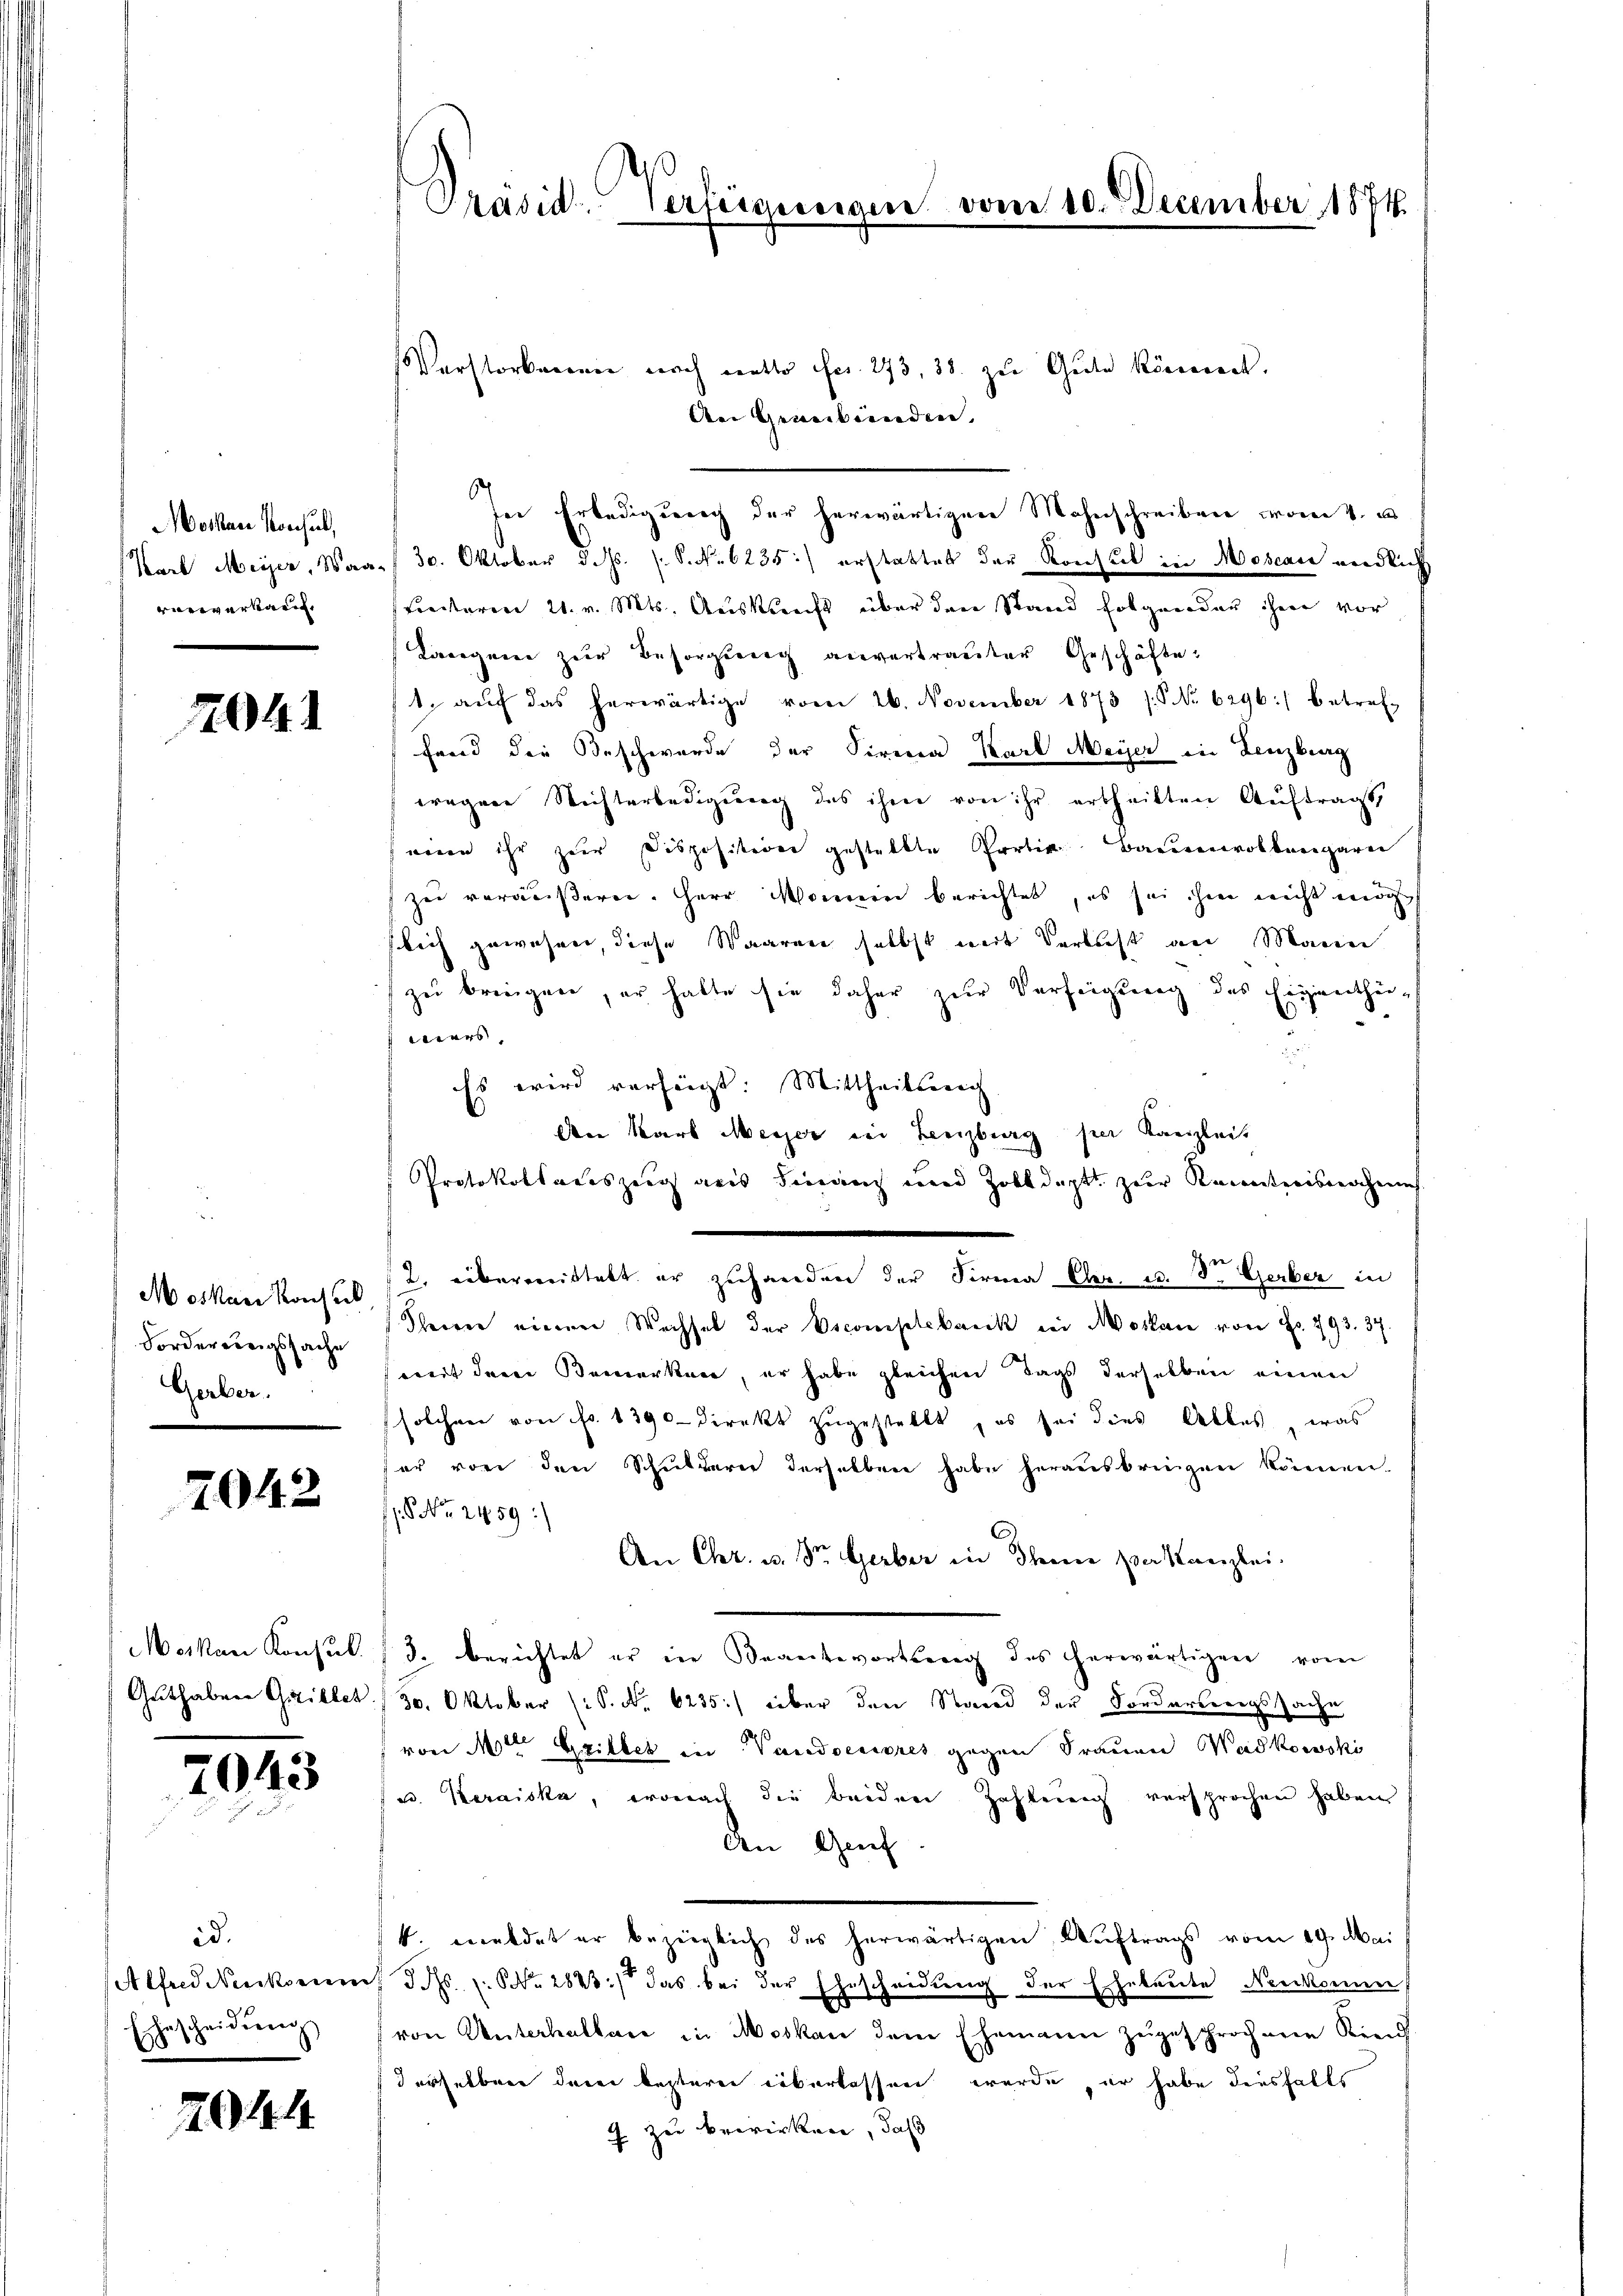
othan Konsul,
vorverkau

1041

Mosare Konsul
Forderungssache
Gerber.

2042

2043

id.
scheidung

8

2044

h
Präsid. Verfeigesigere vom 10. December 1874.

Verstorbnennen nach netto fer. 273, 38. zu Gute könnent.
An Graubünden.
s
ser Erledigung der herwärtigen Mahnschreiben worin v.
Karl Meyer, Waa. 30. Oktober d. Js. [S. Nr. 6235.) erstattet der Konsul in Moseau endlich
Freiteren 21. v. Mts. Auskunft über den Stand folgenden ihnen vor
Langene zur Besorgung anvertrauter Geschäfte.
1. aŭf das herwärtige vom 26. November 1873 (S No 6296) betreff
fand die Beschwerde der Firena Karl Meyer in Lenzburg
wegen Nichterledigung des ihm von ihr ertheilten Auftragt,
eine ihr zur Disposition gestellte Partin Baurenvolbergare
zu veräußern. Herr Momen berichtet, es sei ihm nicht möge
slich gewöhnen, diese Staaren selbst mit Verbrecht an Maien
zu breegen, er hatte sie daher zur Verfügung des Eigentheiweiers,
Es wird verfügt: Mittheilsreich
An Karl Messer den Lenzburg per Kanzleit
Protokollauszug aus Finanz und Zolldeptt zur Kenntnisnahmes
2. übermittelt er zuhanden der Firma Chr. u. St. Gerber in
Scheerer einen Wechsel der Vecomplebank bei Moskau von Fr. 793. 34
weit dere Bemerken, er habe gleichen Tags derselben einen
solchen von fr. 1390-direkt zugestellt, es sei dies Alles, was
er von den Schulderei derselben habe herausbringen können.
 No. 2459:
An Chr. u. Dr. Gerber in Dein par Kanzlei.
Moskau Konsul (3. berichtet er in Beantwortseig des herwärtigen vom
Guthaber Grillet:/ 30. Oktober (S. Nr. 6235.) über den Stand der Fordersweigssache
von 1ten Grillet in Vardoeriores gegen Frauen Wadkowski
w. Keraiska, wonach die beiden Zahlung versprochen haben
den Genf
k. meldet er bezeiglich des herwärtigen Auftrags vom 19. Mai
Alfred Neukommt S. Nr. 2843.) das bei der Ehescheidung der Eheleute Neukomm
von Unterhalten in Moskau dem Ehemann zugesprochene Kind
derselben drei besteren überlassen wurde, er habe diesfalls
7 zu bewirken, daß